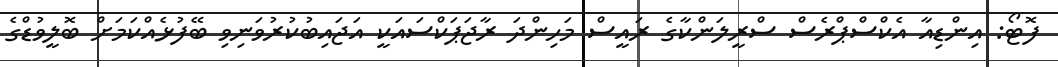
ފޮޓޯ: އިންޑިއާ އެކްސްޕްރެސް ސްރީލަންކާގެ ރައީސް މަހިންދަ ރާޖަޕަކްސައަކީ އަޖައިބުކުރުވަނިވި ބޭފުޅެއްކަމަށް ބޮލީވުޑްގެ